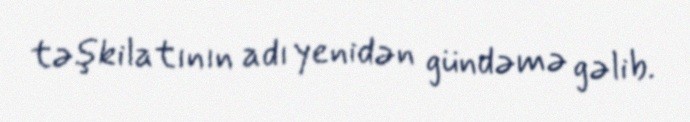
təşkilatının adı yenidən gündəmə gəlib.